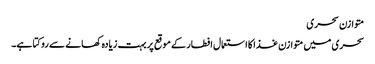
متوازن سحری
سحری میں متوازن غذا کا استعمال افطار کے موقع پر بہت زیادہ کھانے سے روکتا ہے۔